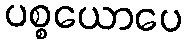
ပစ္စယောပေ